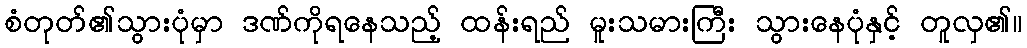
စံတုတ်၏သွားပုံမှာ ဒဏ်ကိုရနေသည့် ထန်းရည် မူးသမားကြီး သွားနေပုံနှင့် တူလှ၏။